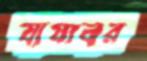
যাযাবর